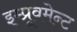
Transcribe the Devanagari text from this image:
इम्प्रूवमेन्ट